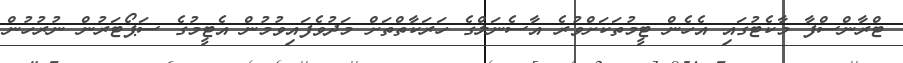
ޓްރާންސްފާ މާކެޓުގައި އެހެން ޓީމުތަކަށްވުރެ އާސެނަލްގެ ހަރަކާތްތަށް މަދުވެފައިވުމުން އެޓީމުގެ ސަޕޯޓަރުން ނުރުހުން